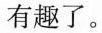
有趣了。